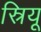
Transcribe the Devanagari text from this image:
स्रियू